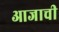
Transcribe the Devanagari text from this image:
आजाची